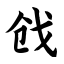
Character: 戗